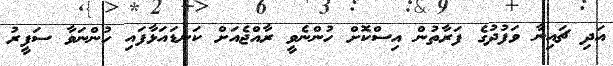
އަދި ޗައިނާ ވަފުދުގެ ފަރާތުން އިސްކޮށް ހުންނެވީ ރާއްޖެއަށް ކަނޑައަޅާފައި ހުންނަވާ ސަފީރު